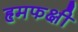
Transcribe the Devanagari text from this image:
हृमफक्षी